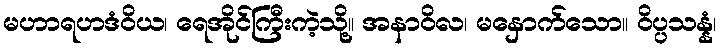
မဟာရဟဒံဝိယ၊ ရေအိုင်ကြီးကဲ့သို့။ အနာဝိလ၊ မနှောက်သော။ ဝိပ္ပသန္နံ၊